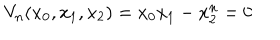
{ V _ { n } } ( { x _ { 0 } } , { x _ { 1 } } , { x _ { 2 } } ) = { x _ { 0 } } { x _ { 1 } } - { x _ { 2 } ^ { n } } = 0